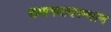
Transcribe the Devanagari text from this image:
समागमादरम्यान